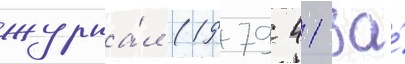
журна́л (1979 41 за́